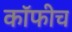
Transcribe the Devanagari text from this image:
कॉफीच